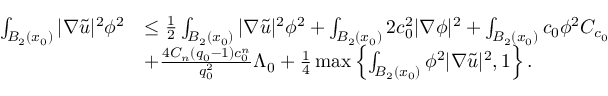
\begin{array} { r l } { \int _ { B _ { 2 } ( x _ { 0 } ) } | \nabla \tilde { u } | ^ { 2 } \phi ^ { 2 } } & { \leq \frac { 1 } { 2 } \int _ { B _ { 2 } ( x _ { 0 } ) } | \nabla \tilde { u } | ^ { 2 } \phi ^ { 2 } + \int _ { B _ { 2 } ( x _ { 0 } ) } 2 c _ { 0 } ^ { 2 } | \nabla \phi | ^ { 2 } + \int _ { B _ { 2 } ( x _ { 0 } ) } c _ { 0 } \phi ^ { 2 } C _ { c _ { 0 } } } \\ & { + \frac { 4 C _ { n } ( q _ { 0 } - 1 ) c _ { 0 } ^ { n } } { q _ { 0 } ^ { 2 } } \Lambda _ { 0 } + \frac { 1 } { 4 } \operatorname* { m a x } \left\{ \int _ { B _ { 2 } ( x _ { 0 } ) } \phi ^ { 2 } | \nabla \tilde { u } | ^ { 2 } , 1 \right\} . } \end{array}